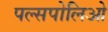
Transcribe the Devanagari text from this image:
पल्सपोलिओ